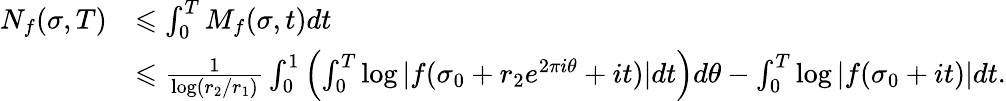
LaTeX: \begin{array}{rl}{N_{f}(\sigma,T)}&{\leqslant\int_{0}^{T}M_{f}(\sigma,t)dt}\\ &{\leqslant\frac{1}{\log(r_{2}/r_{1})}\int_{0}^{1}\left(\int_{0}^{T}\log\vert f(\sigma_{0}+r_{2}e^{2\pi i\theta}+it)\vert dt\right)d\theta-\int_{0}^{T}\log\vert f(\sigma_{0}+it)\vert dt.}\end{array}